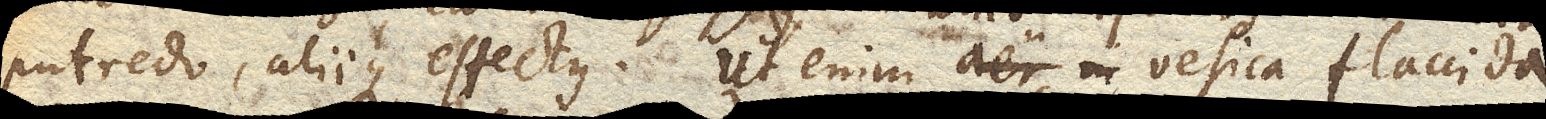
putredo, aliique effectus. Ut enim aer in vesica flaccida